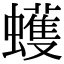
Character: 蠖